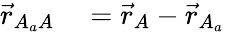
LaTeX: \begin{array}{rl}{\vec{r}_{A_{a}A}}&{{}=\vec{r}_{A}-\vec{r}_{A_{a}}}\end{array}